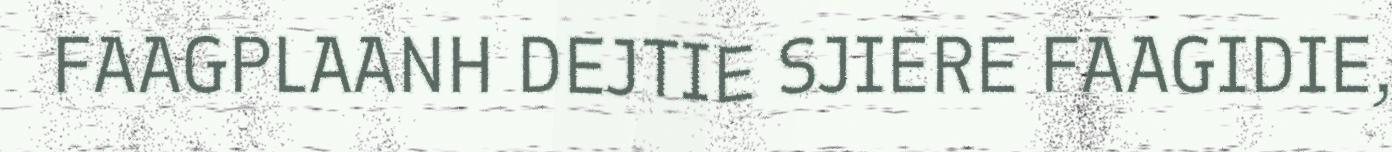
FAAGPLAANH DEJTIE SJIERE FAAGIDIE,